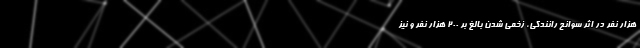
هزار نفر در اثر سوانح رانندگی، زخمی شدن بالغ بر ۲۰۰ هزار نفر و نیز